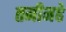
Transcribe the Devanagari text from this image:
तमीमहे